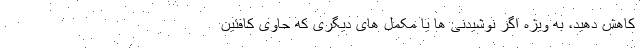
کاهش دهید، به ویژه اگر نوشیدنی ها یا مکمل های دیگری که حاوی کافئین